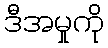
ဒီအမှုကို